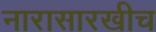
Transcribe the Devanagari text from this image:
नारासारखीच